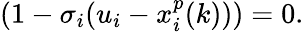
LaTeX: (1-\sigma_{i}(u_{i}-x_{i}^{p}(k)))=0.